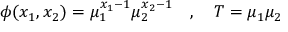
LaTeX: \phi ( x _ { 1 } , x _ { 2 } ) = \mu _ { 1 } ^ { x _ { 1 } - 1 } \mu _ { 2 } ^ { x _ { 2 } - 1 } \quad , \quad T = \mu _ { 1 } \mu _ { 2 }